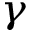
_ \gamma